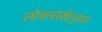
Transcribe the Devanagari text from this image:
लोकसंखेनुसार